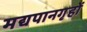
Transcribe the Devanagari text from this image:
मद्यपानगृहों